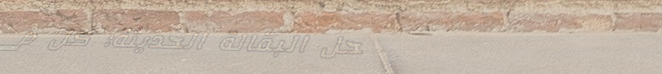
محل البقالة الحديثة: كل م